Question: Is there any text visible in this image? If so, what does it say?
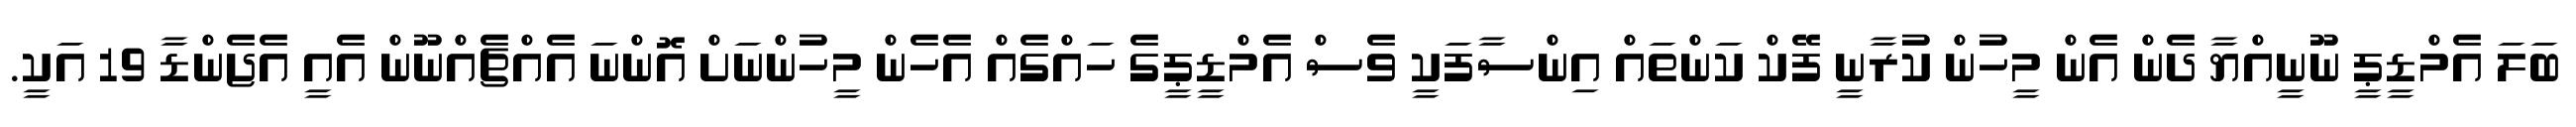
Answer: ބަލަ އެމްޑީޕީ ނޫނީއްޔާ ދެން އެން މީހުން ކުރާނީ ފޭކް ކަންތައް އިންސާފަކީ ވެސް އެމްޑީޕީގެ ހައްގެއް އެހެން މީހުންނަށް އޮންނަ އެއްޗެއްނޫން އެއީ އެޖެންޑާ 19 އަކީ.